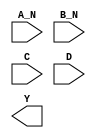
module sky130_fd_sc_ls__nand4bb (
    //# {{data|Data Signals}}
    input  A_N,
    input  B_N,
    input  C  ,
    input  D  ,
    output Y
);

    // Voltage supply signals
    supply1 VPWR;
    supply0 VGND;
    supply1 VPB ;
    supply0 VNB ;

endmodule